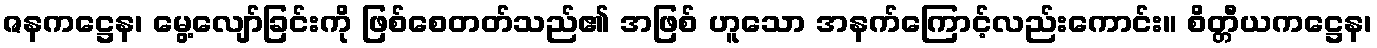
ဇနကဋ္ဌေန၊ မွေ့လျော်ခြင်းကို ဖြစ်စေတတ်သည်၏ အဖြစ် ဟူသော အနက်ကြောင့်လည်းကောင်း။ စိတ္တီယကဋ္ဌေန၊